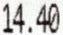
14.40